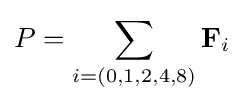
P=\sum _{i=(0,1,2,4,8)}\mathbf {F} _{i}